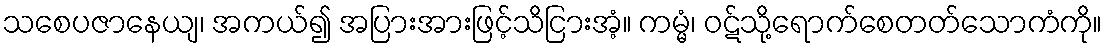
သစေပဇာနေယျ၊ အကယ်၍ အပြားအားဖြင့်သိငြားအံ့။ ကမ္မံ၊ ဝဋ်သို့ရောက်စေတတ်သောကံကို။